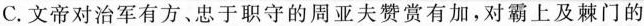
C.文帝对治军有方、忠于职守的周亚夫赞赏有加，对霸上及棘门的